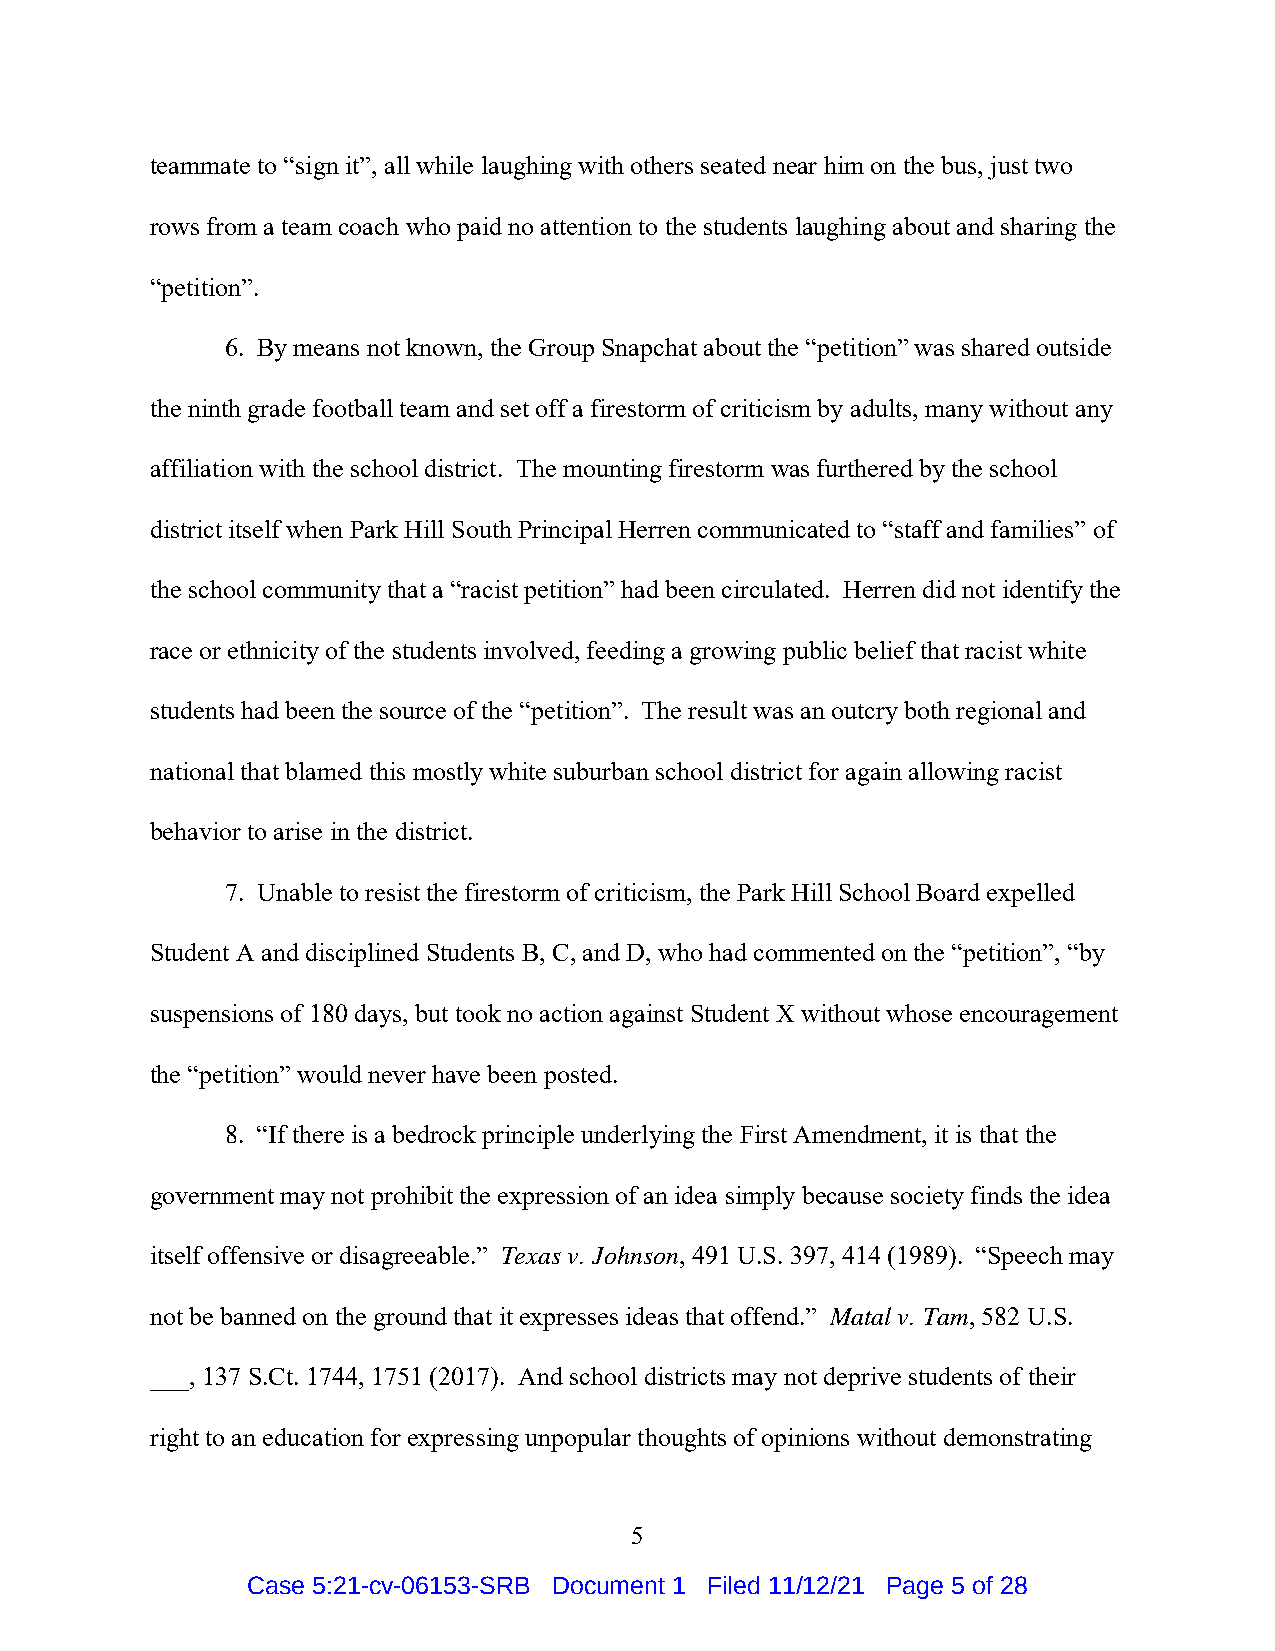
teammate to “sign it”, all while laughing with others seated near him on the bus, just two
 rows from a team coach who paid no attention to the students laughing about and sharing the
 “petition”.
 6. By means not known, the Group Snapchat about the “petition” was shared outside
 the ninth grade football team and set off a firestorm of criticism by adults, many without any
 affiliation with the school district. The mounting firestorm was furthered by the school
 district itself when Park Hill South Principal Herren communicated to “staff and families” of
 the school community that a “racist petition” had been circulated. Herren did not identify the
 race or ethnicity of the students involved, feeding a growing public belief that racist white
 students had been the source of the “petition”. The result was an outcry both regional and
 national that blamed this mostly white suburban school district for again allowing racist
 behavior to arise in the district.
 7. Unable to resist the firestorm of criticism, the Park Hill School Board expelled
 Student A and disciplined Students B, C, and D, who had commented on the “petition”, “by
 suspensions of 180 days, but took no action against Student X without whose encouragement
 the “petition” would never have been posted.
 8. “If there is a bedrock principle underlying the First Amendment, it is that the
 government may not prohibit the expression of an idea simply because society finds the idea
 itself offensive or disagreeable.” Texas v. Johnson, 491 U.S. 397, 414 (1989). “Speech may
 not be banned on the ground that it expresses ideas that offend.” Matal v. Tam, 582 U.S.
 ___, 137 S.Ct. 1744, 1751 (2017). And school districts may not deprive students of their
 right to an education for expressing unpopular thoughts of opinions without demonstrating
 5
 Case 5:21-cv-06153-SRB Document 1 Filed 11/12/21 Page 5 of 28